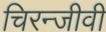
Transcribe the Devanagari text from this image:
चिरन्जीवी